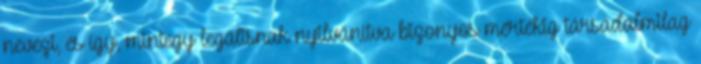
nevezi, és így, mintegy legálisnak nyilvánítva bizonyos mértékig társadalmilag